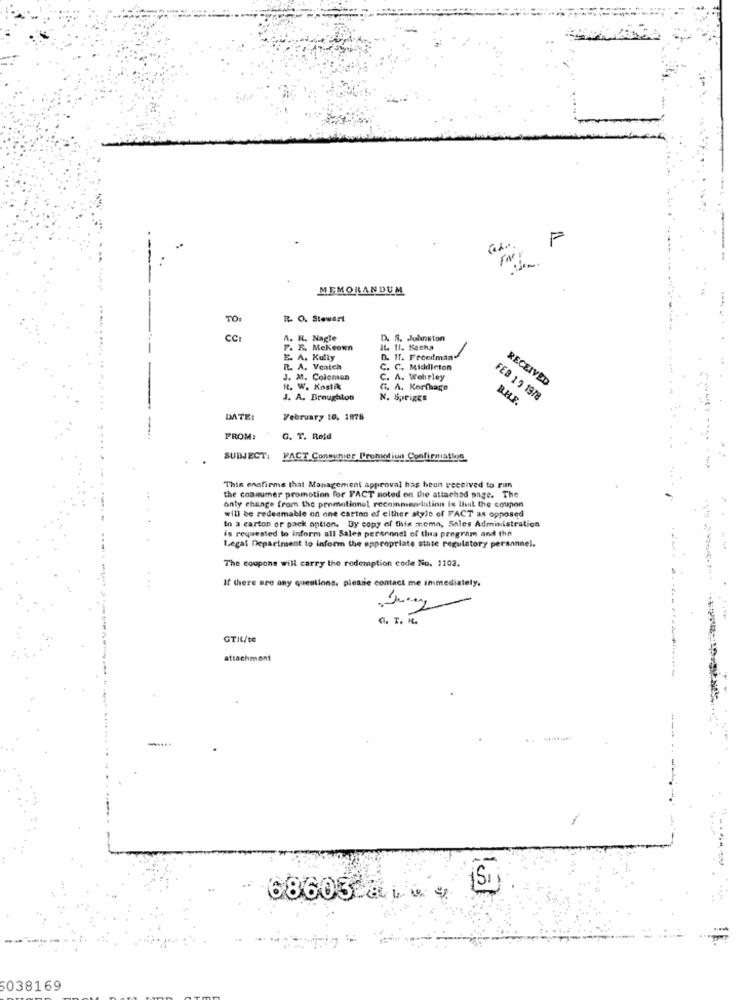
Faer
MEMORANDUM
TO:
R. O. Stewart
CC
A. R. Nagle
D. S. Johnston
F. F. Mckeown
IL. 11. Macha
E. A. Kully
D. If. Freedman"
R. A. Veatch
C. C. Middleton
J. M. Coloman
C. A. Wehirley
RECEIVED
R. W. Kostik
R. A. Korfhage
J. A. Broughton
N. SprigEs
FEB 1 9 1978
DATE:
February 10, 1878
FROM:
G. T. Reid
SUBJECT:
FACT Consumer Promotiun Confirmation
This enafirms that Management approval has been received to run
anty change from the promotionel recommendation is that the coupon
the consumer promotion for FACT noted on the attached page. The
will be redeemable on one carton ef cither style of FACT as opposed
to a carton or pack option. By copy of tista meme, Sales Administration
is requested to inform all Sales personnel of this program and the
Legal Department to inform the appropriate state regulatory personnel.
The coupons will carry the redemption code No. 1102.
...
If there are any questions, please contact me immediately.
G. I. K .
GTIL/te
attachment
(Si)
68603 a L w 4
5038169